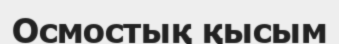
Осмостық қысым